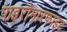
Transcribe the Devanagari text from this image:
पाइरोमारफाइट